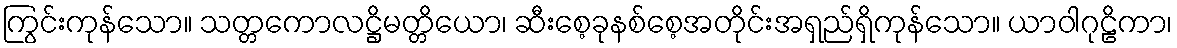
ကြွင်းကုန်သော။ သတ္တကောလဋ္ဌိမတ္တိယော၊ ဆီးစေ့ခုနစ်စေ့အတိုင်းအရှည်ရှိကုန်သော။ ယာဝါဂုဠိကာ၊